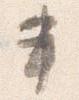
書